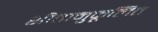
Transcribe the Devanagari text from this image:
शीतानुकूलित